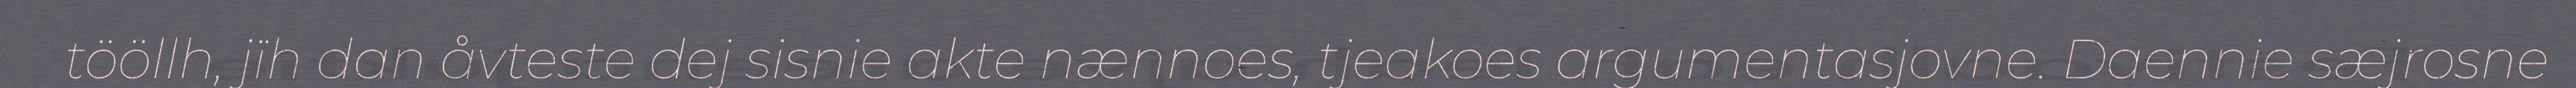
tööllh, jïh dan åvteste dej sisnie akte nænnoes, tjeakoes argumentasjovne. Daennie sæjrosne